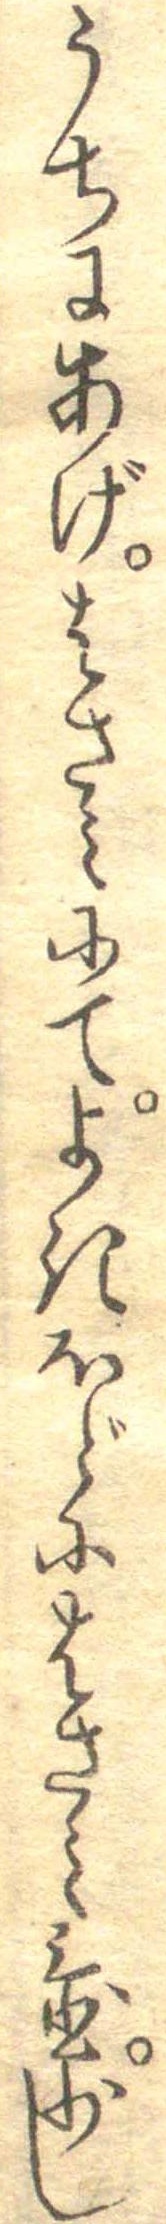
うちにあげはさみにてよきほどにはさみ置少し